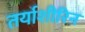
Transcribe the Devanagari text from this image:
तर्याशीरिन